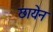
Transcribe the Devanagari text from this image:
छायेन